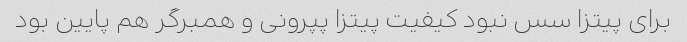
برای پیتزا سس نبود کیفیت پیتزا پپرونی و همبرگر هم پایین بود